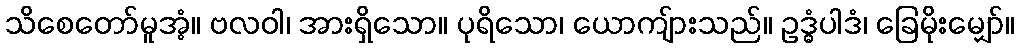
သိစေတော်မူအံ့။ ဗလဝါ၊ အားရှိသော။ ပုရိသော၊ ယောကျ်ားသည်။ ဥဒ္ဓံပါဒံ၊ ခြေမိုးမျှော်။